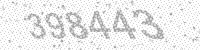
Solution: 398443